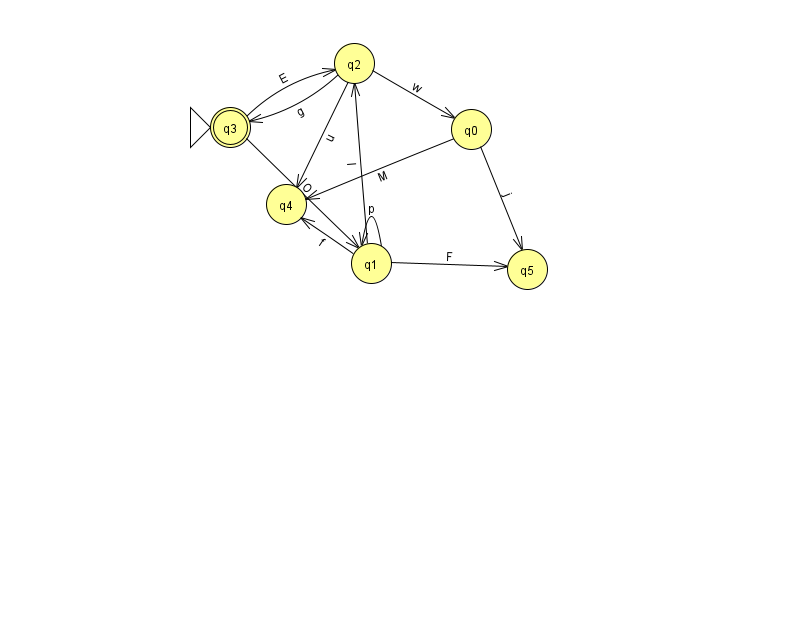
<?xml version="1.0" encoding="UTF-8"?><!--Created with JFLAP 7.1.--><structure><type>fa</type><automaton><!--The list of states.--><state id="0" name="q0"><x>471.0</x><y>116.0</y></state><state id="1" name="q1"><x>371.0</x><y>250.0</y></state><state id="2" name="q2"><x>354.0</x><y>50.0</y></state><state id="3" name="q3"><x>230.0</x><y>114.0</y><initial/><final/></state><state id="4" name="q4"><x>286.0</x><y>191.0</y></state><state id="5" name="q5"><x>527.0</x><y>256.0</y></state><!--The list of transitions.--><transition><from>1</from><to>1</to><read>p</read></transition><transition><from>3</from><to>2</to><read>E</read></transition><transition><from>1</from><to>4</to><read>f</read></transition><transition><from>2</from><to>0</to><read>w</read></transition><transition><from>2</from><to>3</to><read>g</read></transition><transition><from>2</from><to>4</to><read>u</read></transition><transition><from>0</from><to>5</to><read>j</read></transition><transition><from>1</from><to>2</to><read>l</read></transition><transition><from>0</from><to>4</to><read>M</read></transition><transition><from>1</from><to>5</to><read>F</read></transition><transition><from>3</from><to>1</to><read>O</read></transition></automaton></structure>